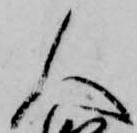
人